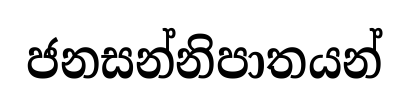
ජනසන්නිපාතයන්